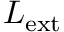
L _ { \mathrm { e x t } }